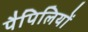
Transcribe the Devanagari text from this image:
पैपिलियों